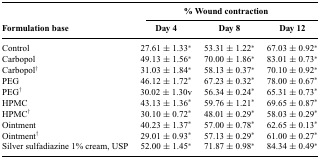
|  | <COLSPAN=3> % Wound contraction |
 | Formulation base | Day 4 | Day 8 | Day 12 |
 | --- | --- | --- | --- |
 | Control | 27.61 ± 1.33* | 53.31 ± 1.22* | 67.03 ± 0.92* |
 | Carbopol | 49.13 ± 1.56* | 70.00 ± 1.86* | 83.01 ± 0.73* |
 | Carbopol† | 31.03 ± 1.84* | 58.13 ± 0.37* | 70.10 ± 0.92* |
 | PEG | 46.12 ± 1.72* | 67.23 ± 0.32* | 78.00 ± 0.67* |
 | PEG† | 30.02 ± 1.30v | 56.34 ± 0.24* | 65.31 ± 0.73* |
 | HPMC | 43.13 ± 1.36* | 59.76 ± 1.21* | 69.65 ± 0.87* |
 | HPMC† | 30.10 ± 0.72* | 48.01 ± 0.29* | 58.03 ± 0.29* |
 | Ointment | 40.23 ± 1.37* | 57.00 ± 0.78* | 62.65 ± 0.13* |
 | Ointment† | 29.01 ± 0.93* | 57.13 ± 0.29* | 61.00 ± 0.27* |
 | Silver sulfadiazine 1% cream, USP | 52.00 ± 1.45* | 71.87 ± 0.98* | 84.34 ± 0.49* |